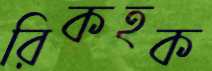
রিকহক